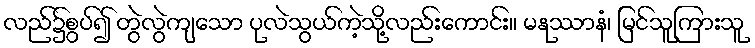
လည်၌စွပ်၍ တွဲလွဲကျသော ပုလဲသွယ်ကဲ့သို့လည်းကောင်း။ မနုဿာနံ၊ မြင်သူကြားသူ